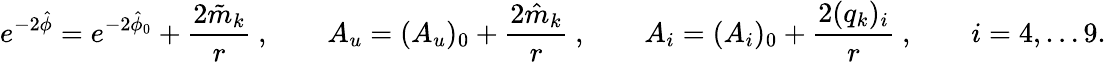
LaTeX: e^{-2\hat{\phi}}=e^{-2\hat{\phi}_{0}}+{\frac{2\tilde{m}_{k}}{r}}\ ,\qquad A_{u}=(A_{u})_{0}+{\frac{2\hat{m}_{k}}{r}}\ ,\qquad A_{i}=(A_{i})_{0}+{\frac{2(q_{k})_{i}}{r}}\ ,\qquad i=4,\dots 9.